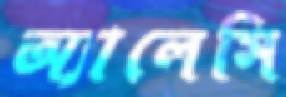
অ্যালেসি